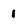
Character: 1